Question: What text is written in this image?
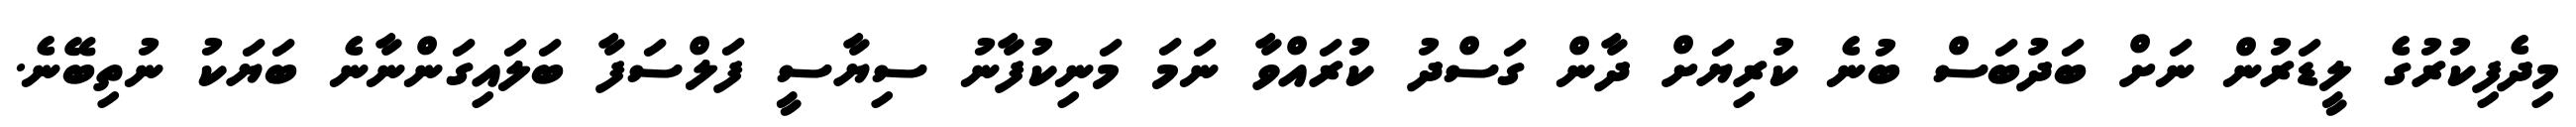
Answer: މިދެފިކުރުގެ ލީޑަރުން ނަށް ބަދުބަސް ބުނެ ކުރިޔަށް ދާން ގަސްދު ކުރައްވާ ނަމަ މަނިކުފާނު ސިޔާސީ ފަލްސަފާ ބަލައިގަންނާނެ ބަޔަކު ނުތިބޭނެ.